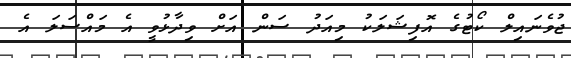
ޖުވެނައިލް ކޯޓުގެ އޮފިޝަލަކު މިއަދު ސަން އަށް ވިދާޅުވީ އެ މައްސަލަ އެ